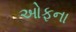
ઓફના